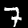
Digit: 7